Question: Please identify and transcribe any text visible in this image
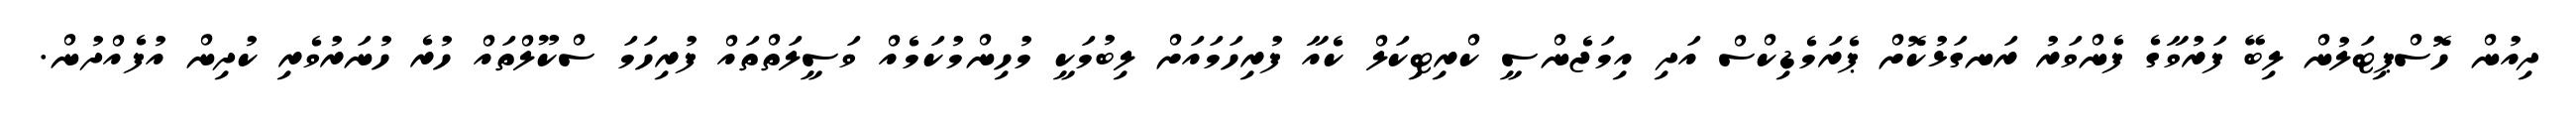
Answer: ދިއުން ހޮސްޕިޓަލުން ލިބޭ ފަރުވާގެ ފެންވަރު ރަނގަޅުކޮށް ޕެރަމެޑިކްސް އަދި އިމަޖެންސީ ކްރިޓިކަލް ކެއާ ފުރިހަމައަށް ލިބުމަކީ މުހިންމުކަމެއް ވަސީލަތްތައް ފުރިހަމަ ސްކޫލްތައް ހުރެ ހުނަރުވެރި ކުދިން އުފެއްދުން.